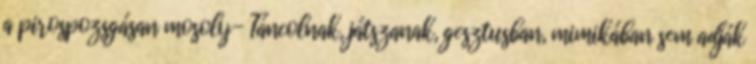
a pirospozsgásan mosoly- Táncolnak, játszanak, gesztusban, mimikában sem adják